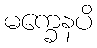
မက္ခေနပိ